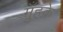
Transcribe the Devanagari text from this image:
मुँहके